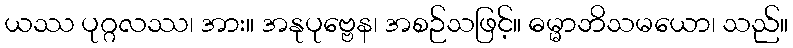
ယဿ ပုဂ္ဂလဿ၊ အား။ အနုပုဗ္ဗေန၊ အစဉ်သဖြင့်။ ဓမ္မာဘိသမယော၊ သည်။